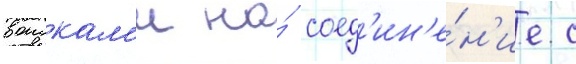
воискам'и на́ соед'ин'е́н'ие с